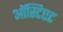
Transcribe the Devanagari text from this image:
ऑस्टिएट